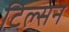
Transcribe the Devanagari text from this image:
टिल्सन